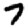
Digit: 7